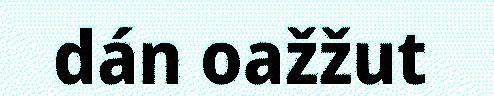
dán oažžut